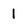
Character: I